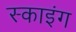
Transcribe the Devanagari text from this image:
स्काइंग